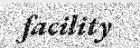
facility